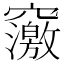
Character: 𥨿